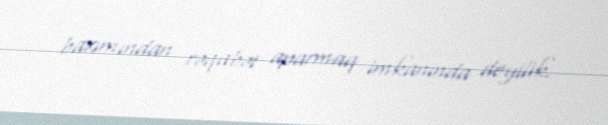
baxımından rəqabət aparmaq imkanında deyilik.